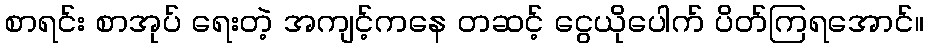
စာရင်း စာအုပ် ရေးတဲ့ အကျင့်ကနေ တဆင့် ငွေယိုပေါက် ပိတ်ကြရအောင်။